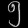
Digit: ၅